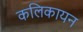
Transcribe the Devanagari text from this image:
कलिकायन